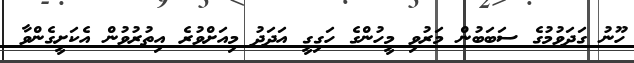
ހޫނު ގަދަވުމުގެ ސަބަބުން މަރުވި މީހުންގެ ހަގިގީ އަދަދު މިއަށްވުރެ އިތުރުވުން އެކަށީގެންވާ